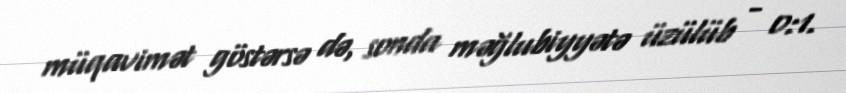
müqavimət göstərsə də, sonda məğlubiyyətə üzülüb - 0:1.